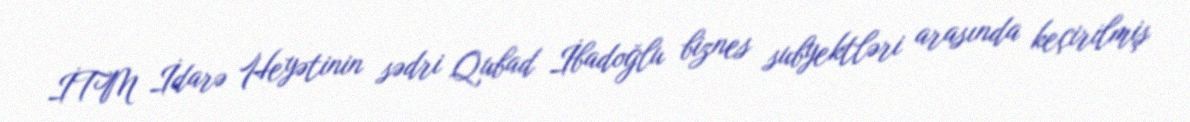
İTM İdarə Heyətinin sədri Qubad İbadoğlu biznes subyektləri arasında keçirilmiş